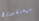
سيعتقدون